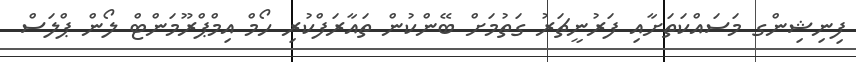
ފިނިޝިންގ މަސައްކަތަށާއި ފަރުނީޗަރު ގަތުމަށް ބޭންކުން ތައާރަފްކުރި ހޯމް އިމްޕްރޫމަންޓް ލޯން ޕްލަސް